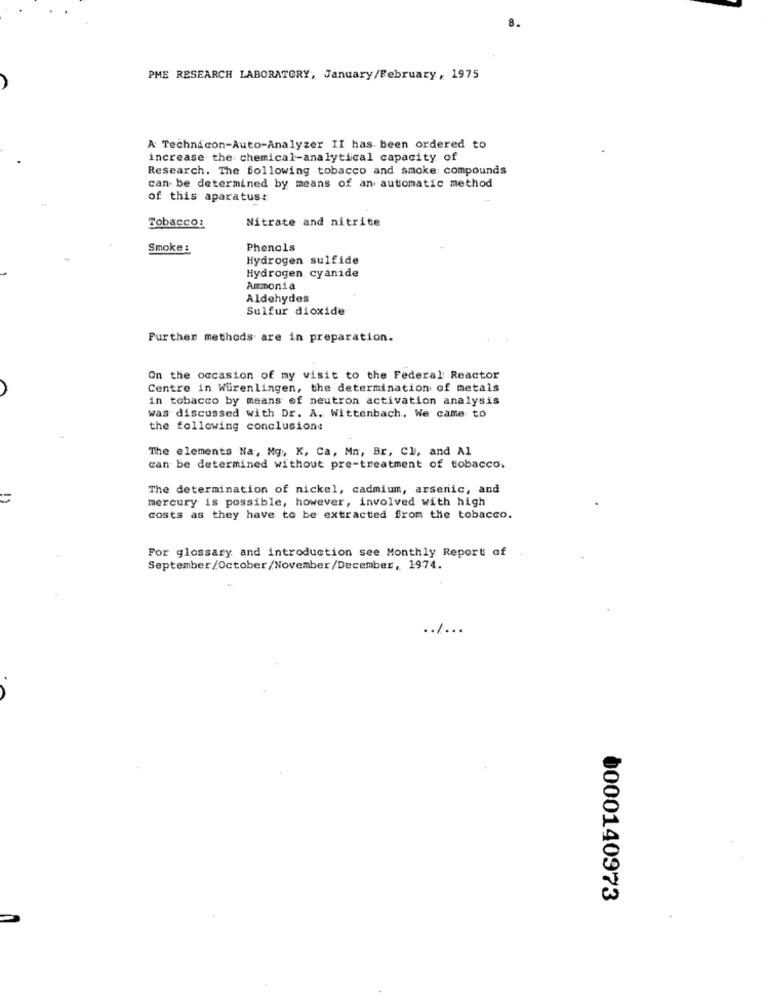
8.
PME RESEARCH LABORATORY, January/February, 1975
A Technicon-Auto-Analyzer II has been ordered to
increase the chemical-analytical capacity of
Research. The following tobacco and smoke compounds
can be determined by means of an automatic method
of this aparatus:
Nitrate and nitrite
Tobacco:
Smoke :
Phenols
Hydrogen sulfide
Hydrogen cyanide
Ammonia
Aldehydes
Sulfur dioxide
Further methods are in preparation.
On the occasion of my visit to the Federal Reactor
Centre in Würenlingen, the determination of metals
in tobacco by means of neutron activation analysis
was discussed with Dr. A. Wittenbach, We came to
the following conclusione
The elements Na, Mg ., K, Ca, Mn, Br, Cl, and Al
can be determined without pre-treatment of tobacco.
The determination of nickel, cadmium, arsenic, and
=
mercury is possible, however, involved with high
costs as they have to be extracted from the tobacco.
For glossary and introduction see Monthly Report of
September/October/November/December, 1974.
......
0000140973